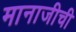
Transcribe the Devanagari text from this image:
मानाजीची